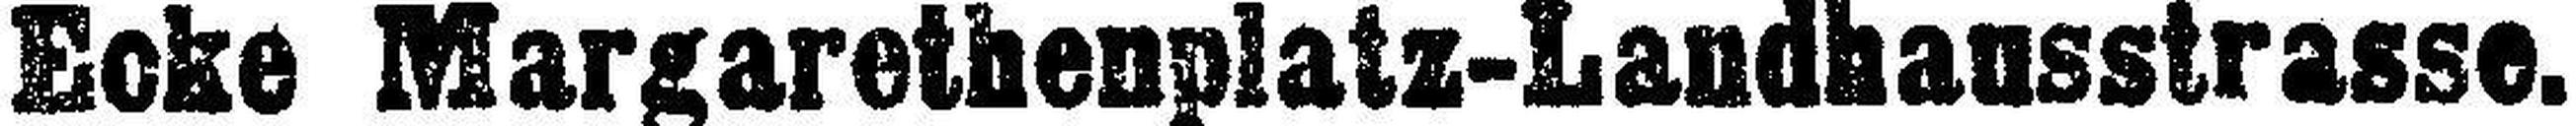
Ecke Margarethenplatz-Landhausstrasse.